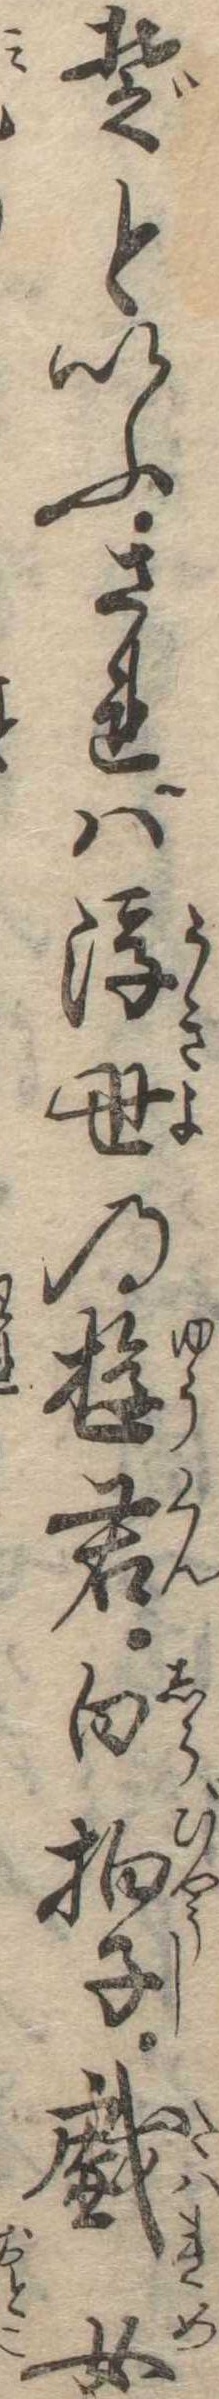
ぞといふされば浮世の遊君白拍子戯女